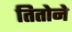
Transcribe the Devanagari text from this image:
तितोने